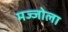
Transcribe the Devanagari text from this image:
मज्जोला